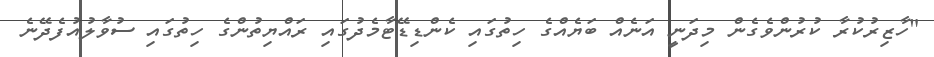
"ހާޒިރުކުރާ ކުރުންވެގެން މިދަނީ އަނެއް ބަޔެއްގެ ހިތުގައި ކެންޑިޑޭޓާމެދުގައި ރައްޔިތުންގެ ހިތުގައި ސުވާލުއުފެދޭނެ